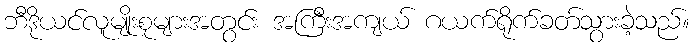
ဘီဒိုယင်လူမျိုးစုများအတွင်း အကြီးအကျယ် ဂယက်ရိုက်ခတ်သွားခဲ့သည်။